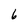
Character: 6